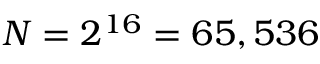
N = 2 ^ { 1 6 } = 6 5 , 5 3 6